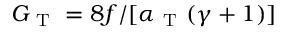
G _ { \mathrm { ~ T ~ } } = 8 f / [ \alpha _ { \mathrm { ~ T ~ } } ( \gamma + 1 ) ]